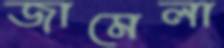
জামেলা